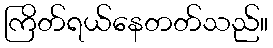
ကြိတ်ရယ်နေတတ်သည်။